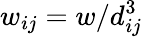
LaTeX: w_{ij}=w/d_{ij}^{3}